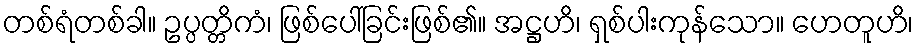
တစ်ရံတစ်ခါ။ ဥပ္ပတ္တိကံ၊ ဖြစ်ပေါ်ခြင်းဖြစ်၏။ အဋ္ဌဟိ၊ ရှစ်ပါးကုန်သော။ ဟေတူဟိ၊